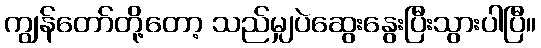
ကျွန်တော်တို့တော့ သည်မျှပဲဆွေးနွေးပြီးသွားပါပြီ။